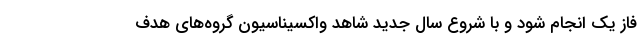
فاز یک انجام شود و با شروع سال جدید شاهد واکسیناسیون گروه‌های هدف